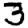
Digit: 3